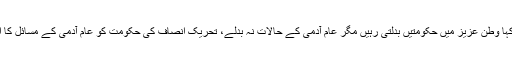
تفصیلات کے مطابق وزیراعلیٰ پنجاب عثمان بزدار نے اپنے بیان میں کہا وطن عزیز میں حکومتیں بدلتی رہیں مگر عام آدمی کے حالات نہ بدلے، تحریک انصاف کی حکومت کو عام آدمی کے مسائل کا احساس ہے، عام آدمی کو روٹی، کپڑا اور مکان کے نام پر دھوکادیا گیا۔